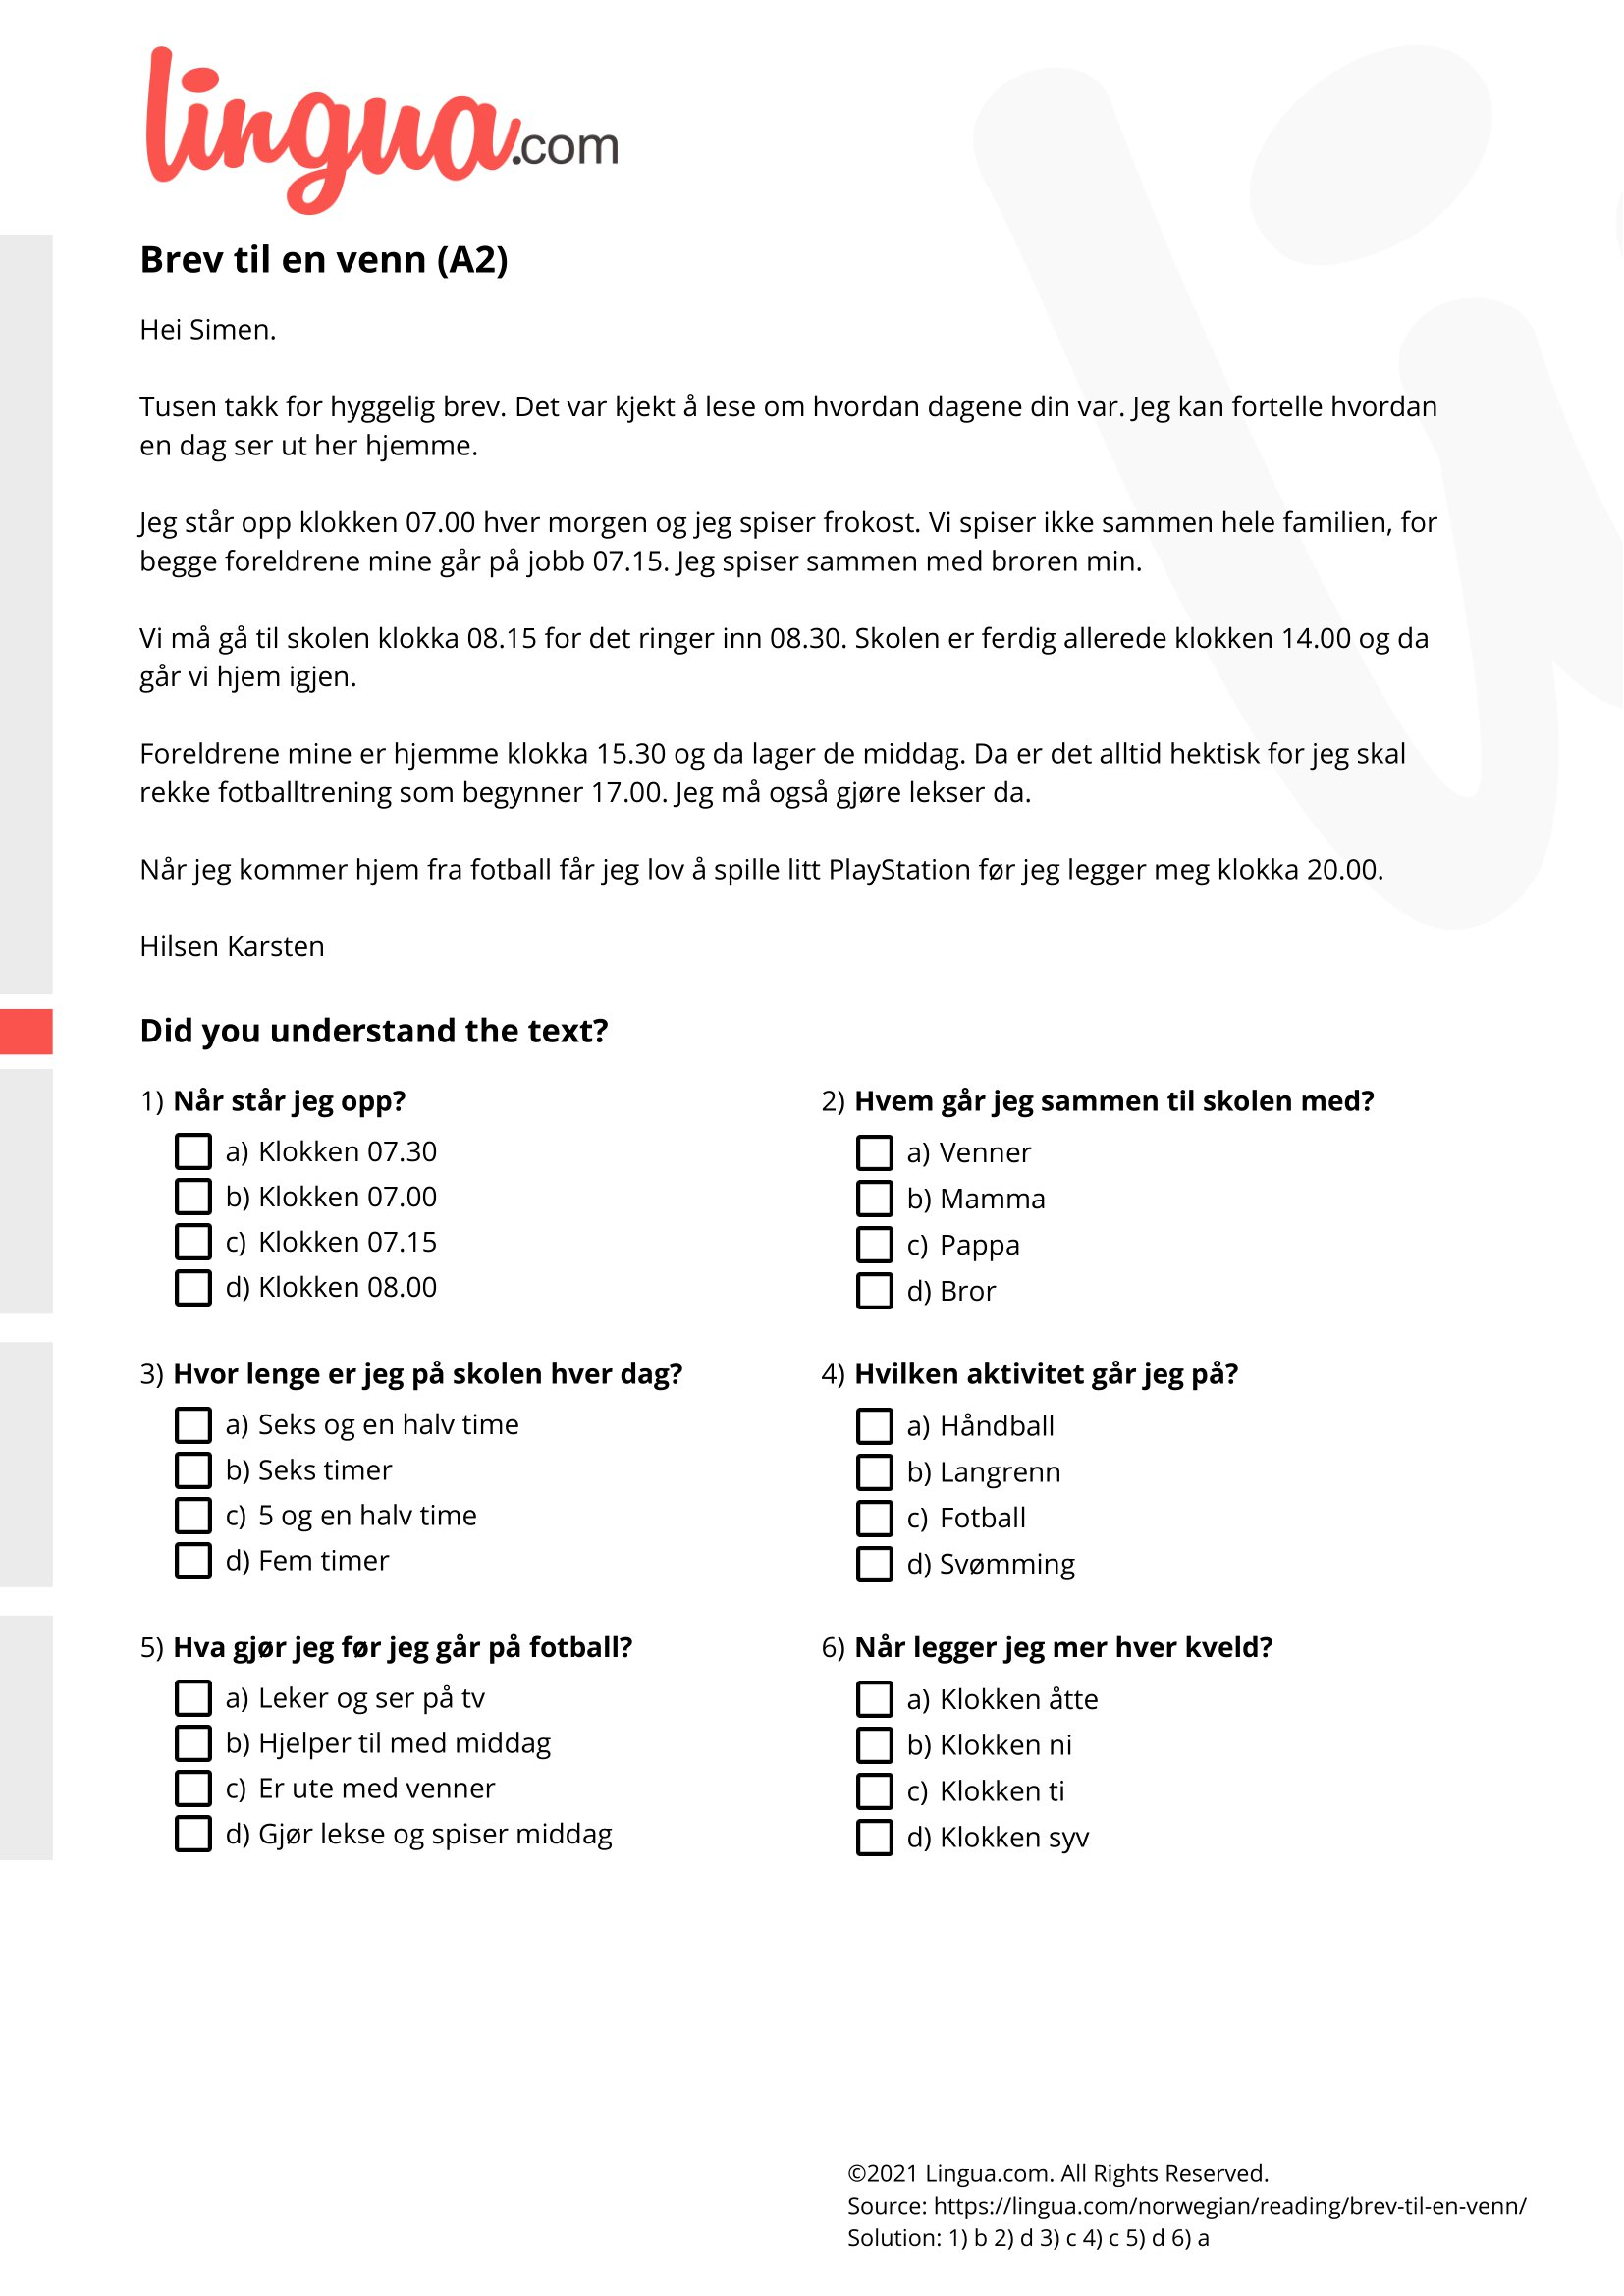
Language: no